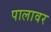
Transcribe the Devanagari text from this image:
पालावर